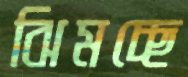
ঝিমচ্ছে